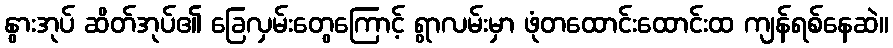
နွားအုပ် ဆိတ်အုပ်၏ ခြေလှမ်းတွေကြောင့် ရွာလမ်းမှာ ဖုံတထောင်းထောင်းထ ကျန်ရစ်နေဆဲ။